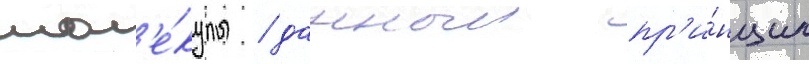
мол'е́кулы / данныи пр'и́нцип